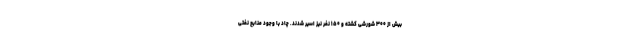
بیش از ۳۰۰ شورشی کشته و ۱۵۰ نفر نیز اسیر شدند. چاد با وجود منابع نفتی